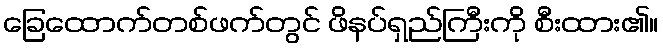
ခြေထောက်တစ်ဖက်တွင် ဖိနပ်ရှည်ကြီးကို စီးထား၏။